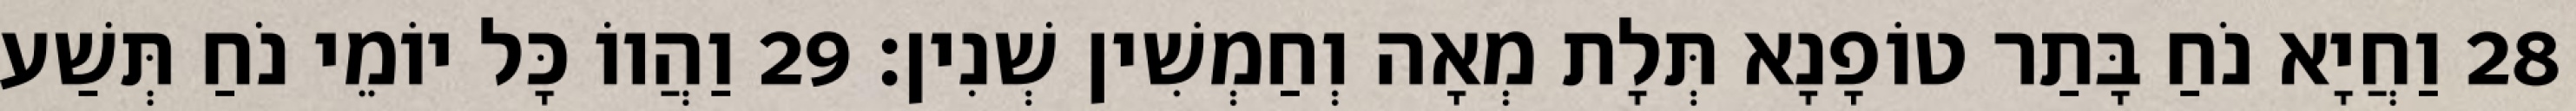
28 וַחֲיָא נֹחַ בָּתַר טוֹפָנָא תְּלָת מְאָה וְחַמְשִׁין שְׁנִין׃ 29 וַהֲווֹ כָּל יוֹמֵי נֹחַ תְּשַׁע